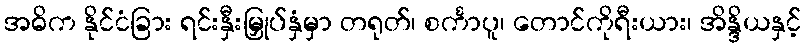
အဓိက နိုင်ငံခြား ရင်းနှီးမြှုပ်နှံမှာ တရုတ်၊ စင်္ကာပူ၊ တောင်ကိုရီးယား၊ အိန္ဒိယနှင့်